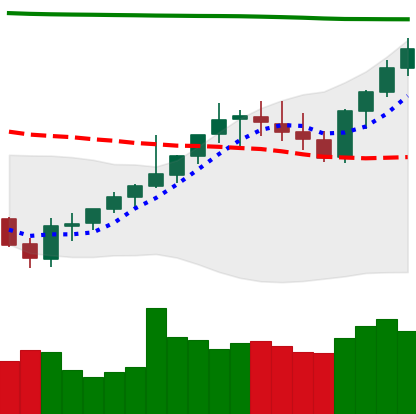
Ticker: XMR-USD
Chart end date: 2021-08-07
Forward return: -5.123%
Label: down_5_7